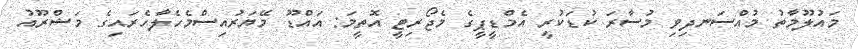
މައުލޫމާތު މުއްސަނދިވި މުސާރަ ކުޑަކުރީ އެމްޑީޕީގެ މެޖޯރިޓީ އޮތީމަ: އައްޑޫ މޭޔަރުއިސްމެހެލާހެރައިގެ މަޝްރޫއު